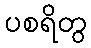
ပစရိတွ